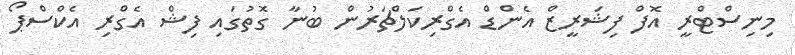
މިނިސްޓްރީ އޮފް ފިޝަރީޒް އެންޑް އެގްރިކަލްޗަރުން ބުނާ ގޮތުގައި ފިޝް އެގްރި އެކްސްޕޯ